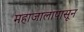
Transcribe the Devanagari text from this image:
महाजालापासून